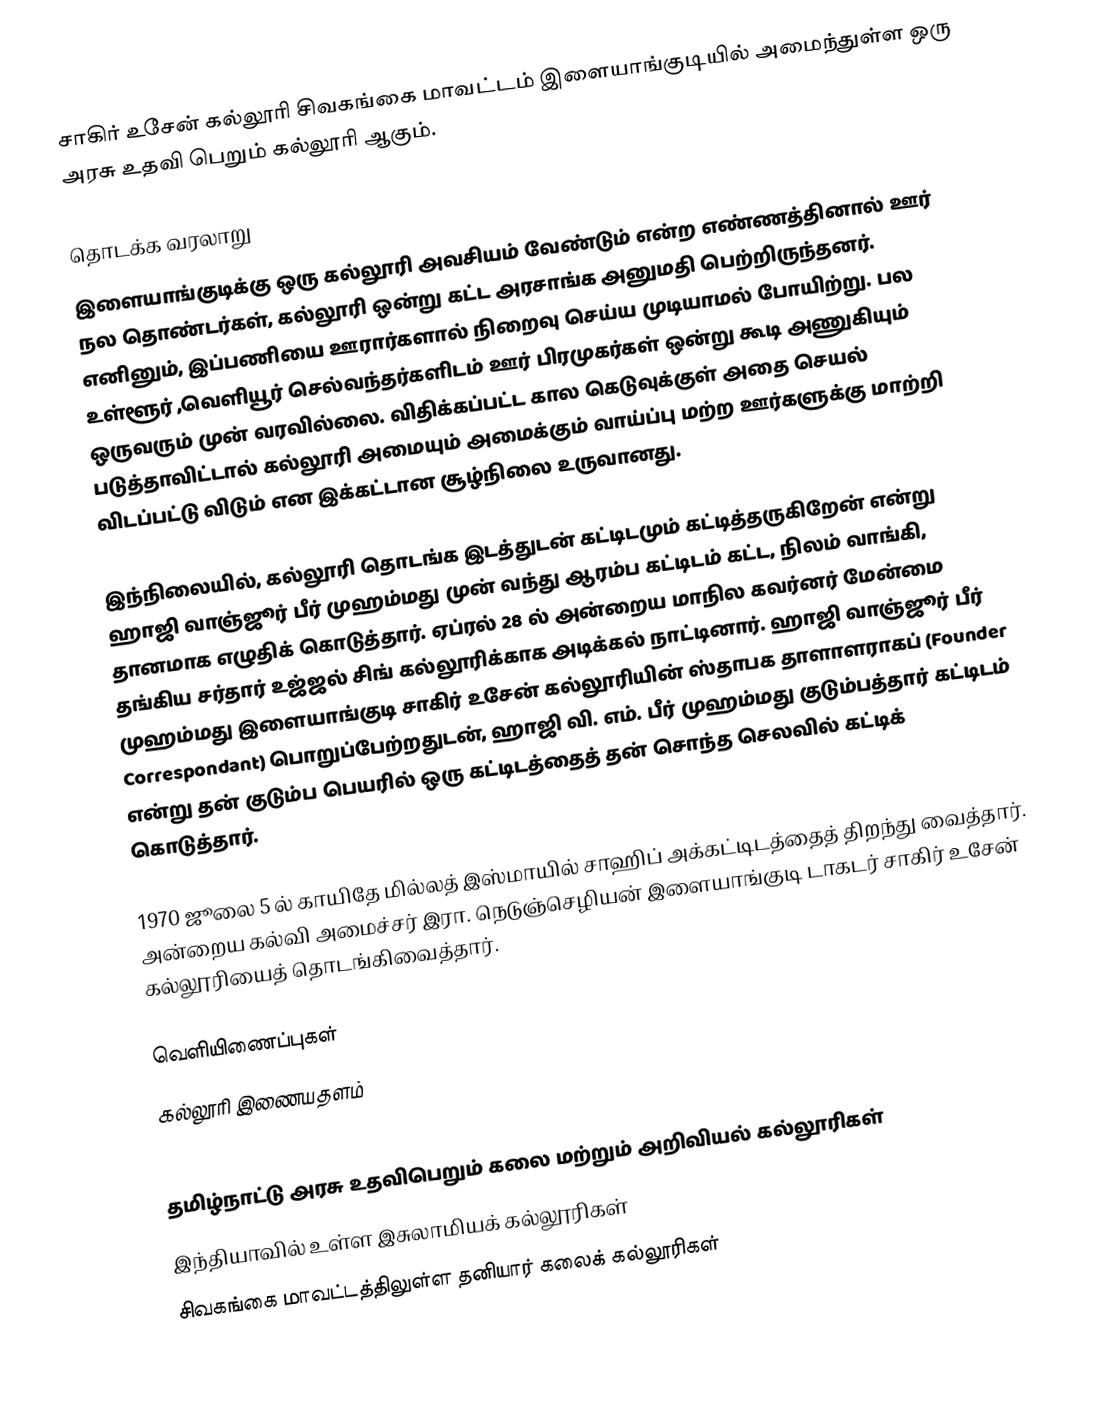
சாகிர் உசேன் கல்லூரி சிவகங்கை மாவட்டம் இளையாங்குடியில் அமைந்துள்ள ஒரு அரசு உதவி பெறும் கல்லூரி ஆகும்.

தொடக்க வரலாறு
இளையாங்குடிக்கு ஒரு கல்லூரி அவசியம் வேண்டும் என்ற எண்ணத்தினால் ஊர் நல தொண்டர்கள், கல்லூரி ஒன்று கட்ட அரசாங்க அனுமதி பெற்றிருந்தனர். எனினும், இப்பணியை ஊரார்களால் நிறைவு செய்ய முடியாமல் போயிற்று. பல உள்ளூர் ,வெளியூர் செல்வந்தர்களிடம் ஊர் பிரமுகர்கள் ஒன்று கூடி அணுகியும் ஒருவரும் முன் வரவில்லை. விதிக்கப்பட்ட கால கெடுவுக்குள் அதை செயல் படுத்தாவிட்டால் கல்லூரி அமையும் அமைக்கும் வாய்ப்பு மற்ற ஊர்களுக்கு மாற்றி விடப்பட்டு விடும் என இக்கட்டான சூழ்நிலை உருவானது.

இந்நிலையில், கல்லூரி தொடங்க இடத்துடன் கட்டிடமும் கட்டித்தருகிறேன் என்று ஹாஜி வாஞ்ஜூர் பீர் முஹம்மது முன் வந்து ஆரம்ப கட்டிடம் கட்ட, நிலம் வாங்கி, தானமாக எழுதிக் கொடுத்தார். ஏப்ரல் 28 ல் அன்றைய மாநில கவர்னர் மேன்மை தங்கிய சர்தார் உஜ்ஜல் சிங் கல்லூரிக்காக அடிக்கல் நாட்டினார். ஹாஜி வாஞ்ஜூர் பீர் முஹம்மது இளையாங்குடி சாகிர் உசேன் கல்லூரியின் ஸ்தாபக தாளாளராகப் (Founder Correspondant) பொறுப்பேற்றதுடன், ஹாஜி வி. எம். பீர் முஹம்மது குடும்பத்தார் கட்டிடம் என்று தன் குடும்ப பெயரில் ஒரு கட்டிடத்தைத் தன் சொந்த செலவில் கட்டிக் கொடுத்தார்.

1970 ஜூலை 5 ல் காயிதே மில்லத்  இஸ்மாயில் சாஹிப் அக்கட்டிடத்தைத் திறந்து வைத்தார். அன்றைய கல்வி அமைச்சர் இரா. நெடுஞ்செழியன்  இளையாங்குடி டாகடர் சாகிர் உசேன் கல்லூரியைத் தொடங்கிவைத்தார்.

வெளியிணைப்புகள்
கல்லூரி இணையதளம்

தமிழ்நாட்டு அரசு உதவிபெறும் கலை மற்றும் அறிவியல் கல்லூரிகள்
இந்தியாவில் உள்ள இசுலாமியக் கல்லூரிகள்
சிவகங்கை மாவட்டத்திலுள்ள தனியார் கலைக் கல்லூரிகள்